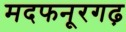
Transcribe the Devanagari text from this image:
मदफनूरगढ़